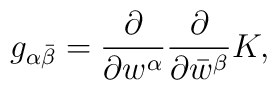
g_{\alpha\bar\beta} = {\partial \over \partial w^\alpha} {\partial \over \partial \bar w^\beta} K ,